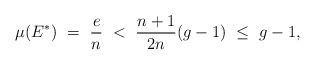
LaTeX: \begin{align*}\mu(E^*) \ = \ \frac{e}{n} \ < \ \frac{n+1}{2n} (g-1) \ \le \ g-1,\end{align*}